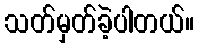
သတ်မှတ်ခဲ့ပါတယ်။